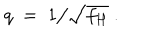
q \; = \; 1 \big / \sqrt { f _ { H } } ~ .